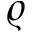
\varrho